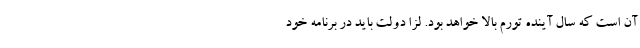
آن است که سال آینده تورم بالا خواهد بود. لزا دولت باید در برنامه خود